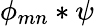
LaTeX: \phi_{mn}*\psi